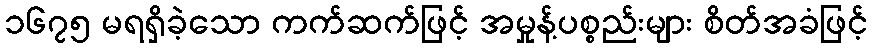
၁၆၇၅ မရရှိခဲ့သော ကက်ဆက်ဖြင့် အမှုန့်ပစ္စည်းများ စိတ်အခံဖြင့်